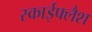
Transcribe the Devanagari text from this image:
स्काईफ्लैश